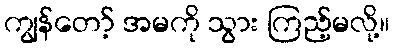
ကျွန်တော့် အမကို သွား ကြည့်မလို့။